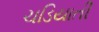
ચડિયાતી